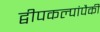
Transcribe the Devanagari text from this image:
द्वीपकल्पांपैकी